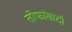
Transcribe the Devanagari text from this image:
तोफांसाठी